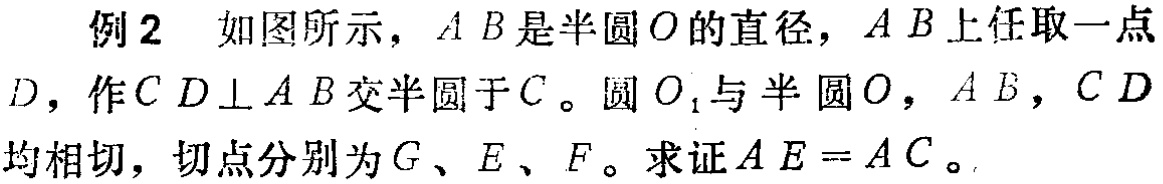
例2 如图所示，$AB$是半圆$O$的直径，$AB$上任取一点$D$，作$CD\perp AB$交半圆于$C$。圆$O_1$与半圆$O$，$AB$，$CD$均相切，切点分别为$G$、$E$、$F$。求证$AE = AC$。